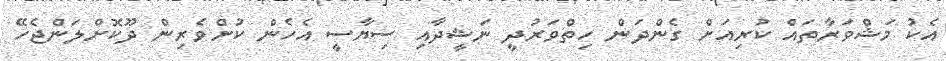
އެކު މަޝްވަރާތައް ކުރިއަށް ގެންދަން ހިތްވަރުދީ ނަޝީދާއި ސިޔާސީ އެހެން ކުށްވެރިން ދޫކޮށްލަންޖެހޭ